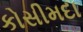
કોસીમદા